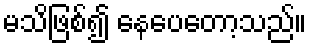
မသိဖြစ်၍ နေပေတော့သည်။